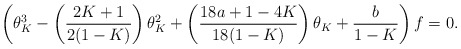
\begin{align*}\left(\theta_K^{3} - \left(\frac{2K+1}{2(1-K)}\right) \theta_K^{2} + \left(\frac{18a+1-4K}{18(1-K)} \right) \theta_K + \frac{b}{1-K}\right)f = 0.\end{align*}